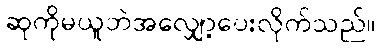
ဆုကိုမယူဘဲအလျှော့ပေးလိုက်သည်။